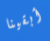
أبقينا